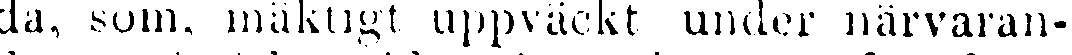
da, som, mäktigt uppväckt under närvaran-